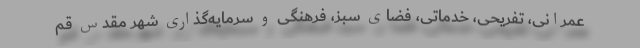
عمرانی، تفریحی، خدماتی، فضای سبز، فرهنگی و سرمایه‌گذاری شهر مقدس قم